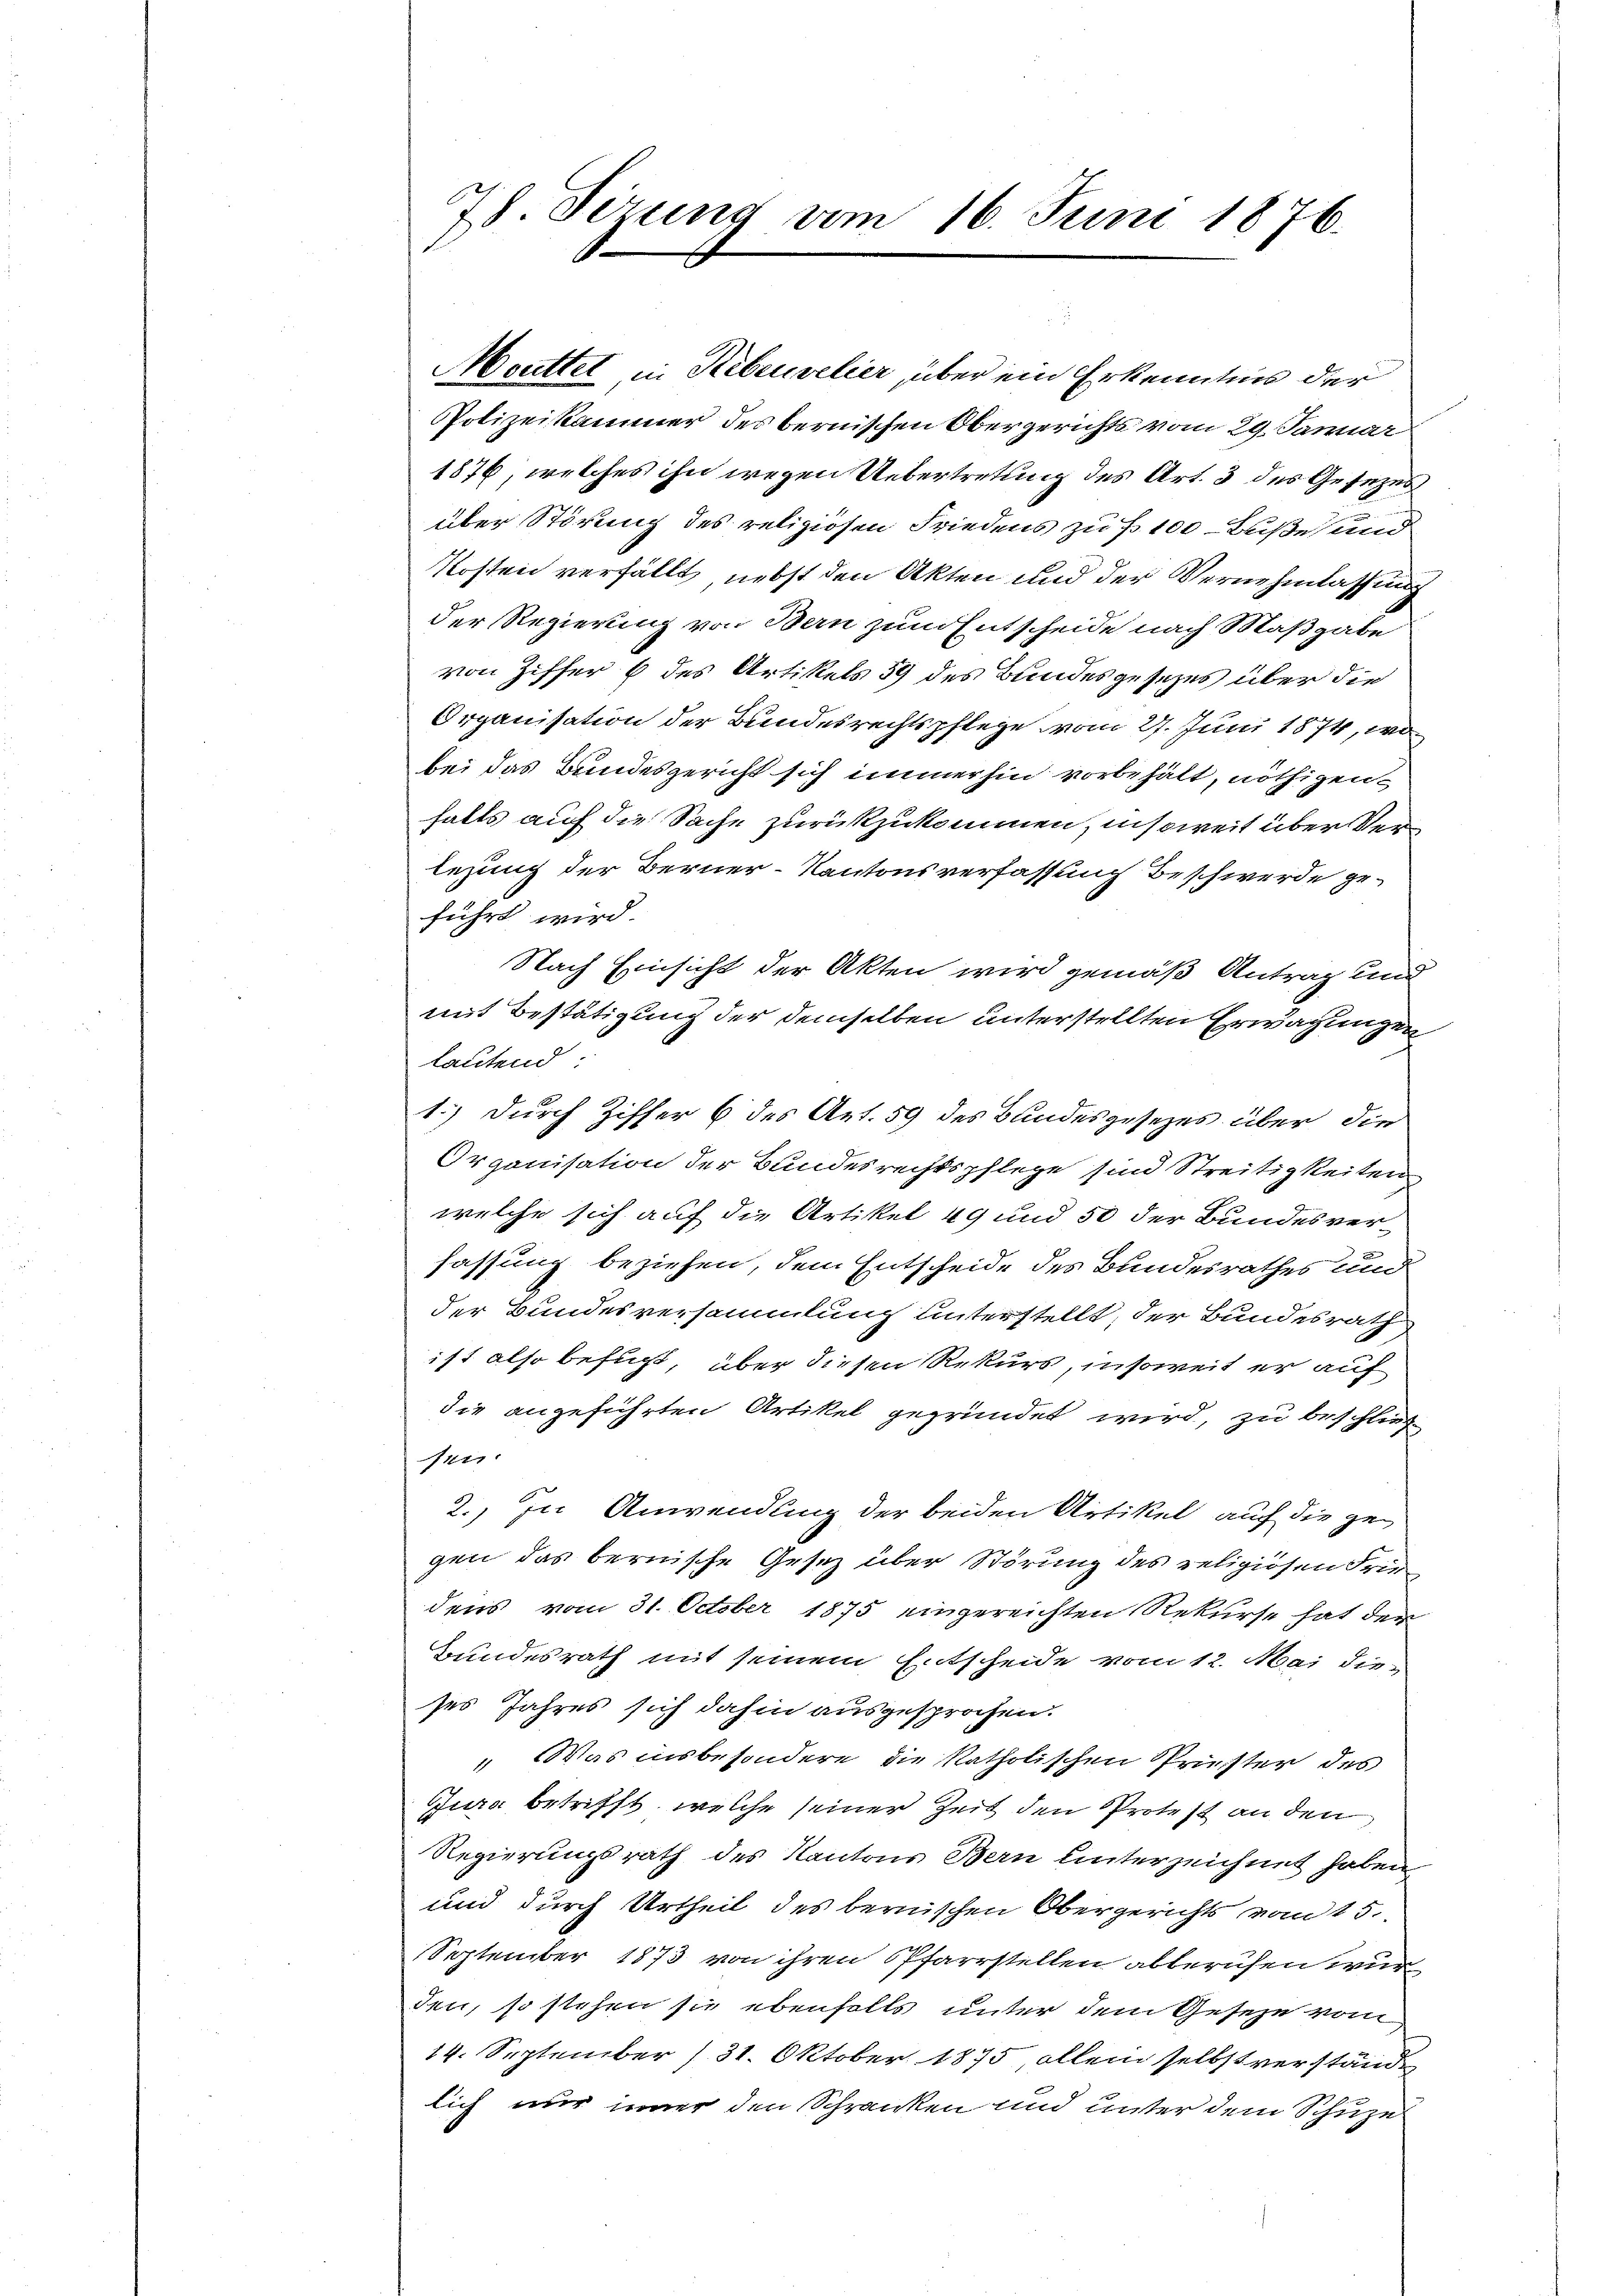
78. Sizung vom 16. Juni 1876.

Meuttet in Rebenselier über ein Erkenntnis der
Polizeikammer des bernischen Obergerichts vom 29. Januar
1876, welches ihn wegen Uebertretung des Art. 3 des Gesezes
über Störung des religiösen Friedens zu f. 100 - Buße und
Kosten verfällt, nebst den Akten und der Vernehmlassung
der Regierung von Bern zum Entscheide nach Maßgabe
von Ziffer 6 des Artikels 39 des Bundesgesezes über die
Organisation der Bundesrechtspflege vom 27. Juni 1874, wo
bei das Bundesgericht sich immerhin vorbehält, nöthigen
halts auf die Sache zurückzukommen, insoweit über Verlegung der Berner-Kantonsverfassung Beschwerde geführt wird.
Nach Einsicht der Akten wird gemäß Antrag und
mit Bestätigung der demselben unterstellten Erwägungen
lautend:
1.) Durch Ziffer 6 des Art. 59 des Bundesgesetzes über die
Organisation der Bundesrechtspflege sind Streitigkeiten
welche sich auf die Artikel 49 und 50 der Bundesver-
fassung beziehen, dem Entscheide des Bundesrathes und
der Bundesversammlung unterstellt, der Bundesrath
ist also befugt, über diesen Rekurs, insoweit er auf
die angeführten Artikel gegründet wird, zu beschließ
sen
2.) In Anwendung der beiden Artikel auf die gegen das bernische Gesetz über Störung des religiösen Frie
dens vom 31. October 1875 eingereichten Rekurse hat der
Bundesrath mit seinem Entscheide vom 12. Mai die
ses Jahres sich dahin ausgesprochen.
“ Was insbesondere die katholischen Priester des
Jura betrifft, welche seiner Zeit den Protest an den
Regierungsrath des Kantons Bern hinterzeichnet haben
und durch Urtheil des bernischen Obergerichts vom 15.
September 1873 von ihren Pfarrstellen abberufen wur
den, so stehen sie ebenfalls unter dem Geseze vom
14. September 131. Oktober 1875, allein selbst verstände
lich nur inner den Schranken und unter dem Schuzel